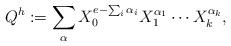
LaTeX: \begin{align*}Q^h := \sum_\alpha X_0^{e - \sum_i \alpha_i} X_1^{\alpha_1} \cdots X_k^{\alpha_k}, \end{align*}